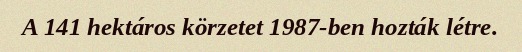
A 141 hektáros körzetet 1987-ben hozták létre.